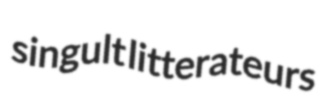
singult litterateurs